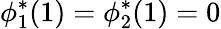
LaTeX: \phi_{1}^{*}(1)=\phi_{2}^{*}(1)=0